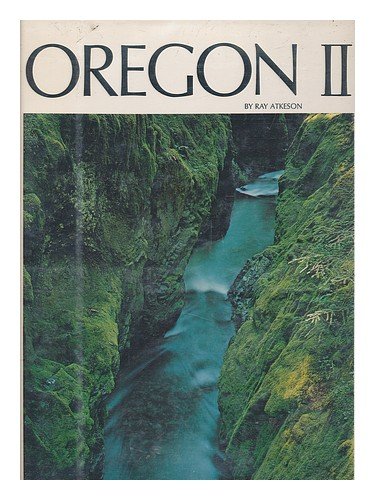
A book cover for Oregon II; Ray Atkeson; Travel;